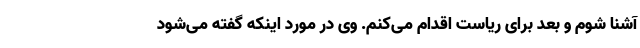
آشنا شوم و بعد برای ریاست اقدام می‌کنم. وی در مورد اینکه گفته می‌شود